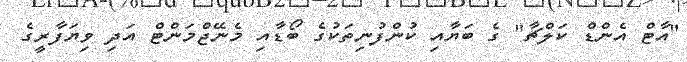
"އާޓް އެންޑް ކަލްޗާ" ގެ ބަޔާއި ކުންފުނިތަކުގެ ބޯޑާއި މެނޭޖްމަންޓް އަދި ވިޔަފާރީގެ